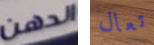
الدهن تعال